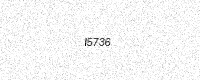
Text: I5736